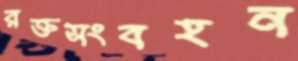
রক্তসংবহন